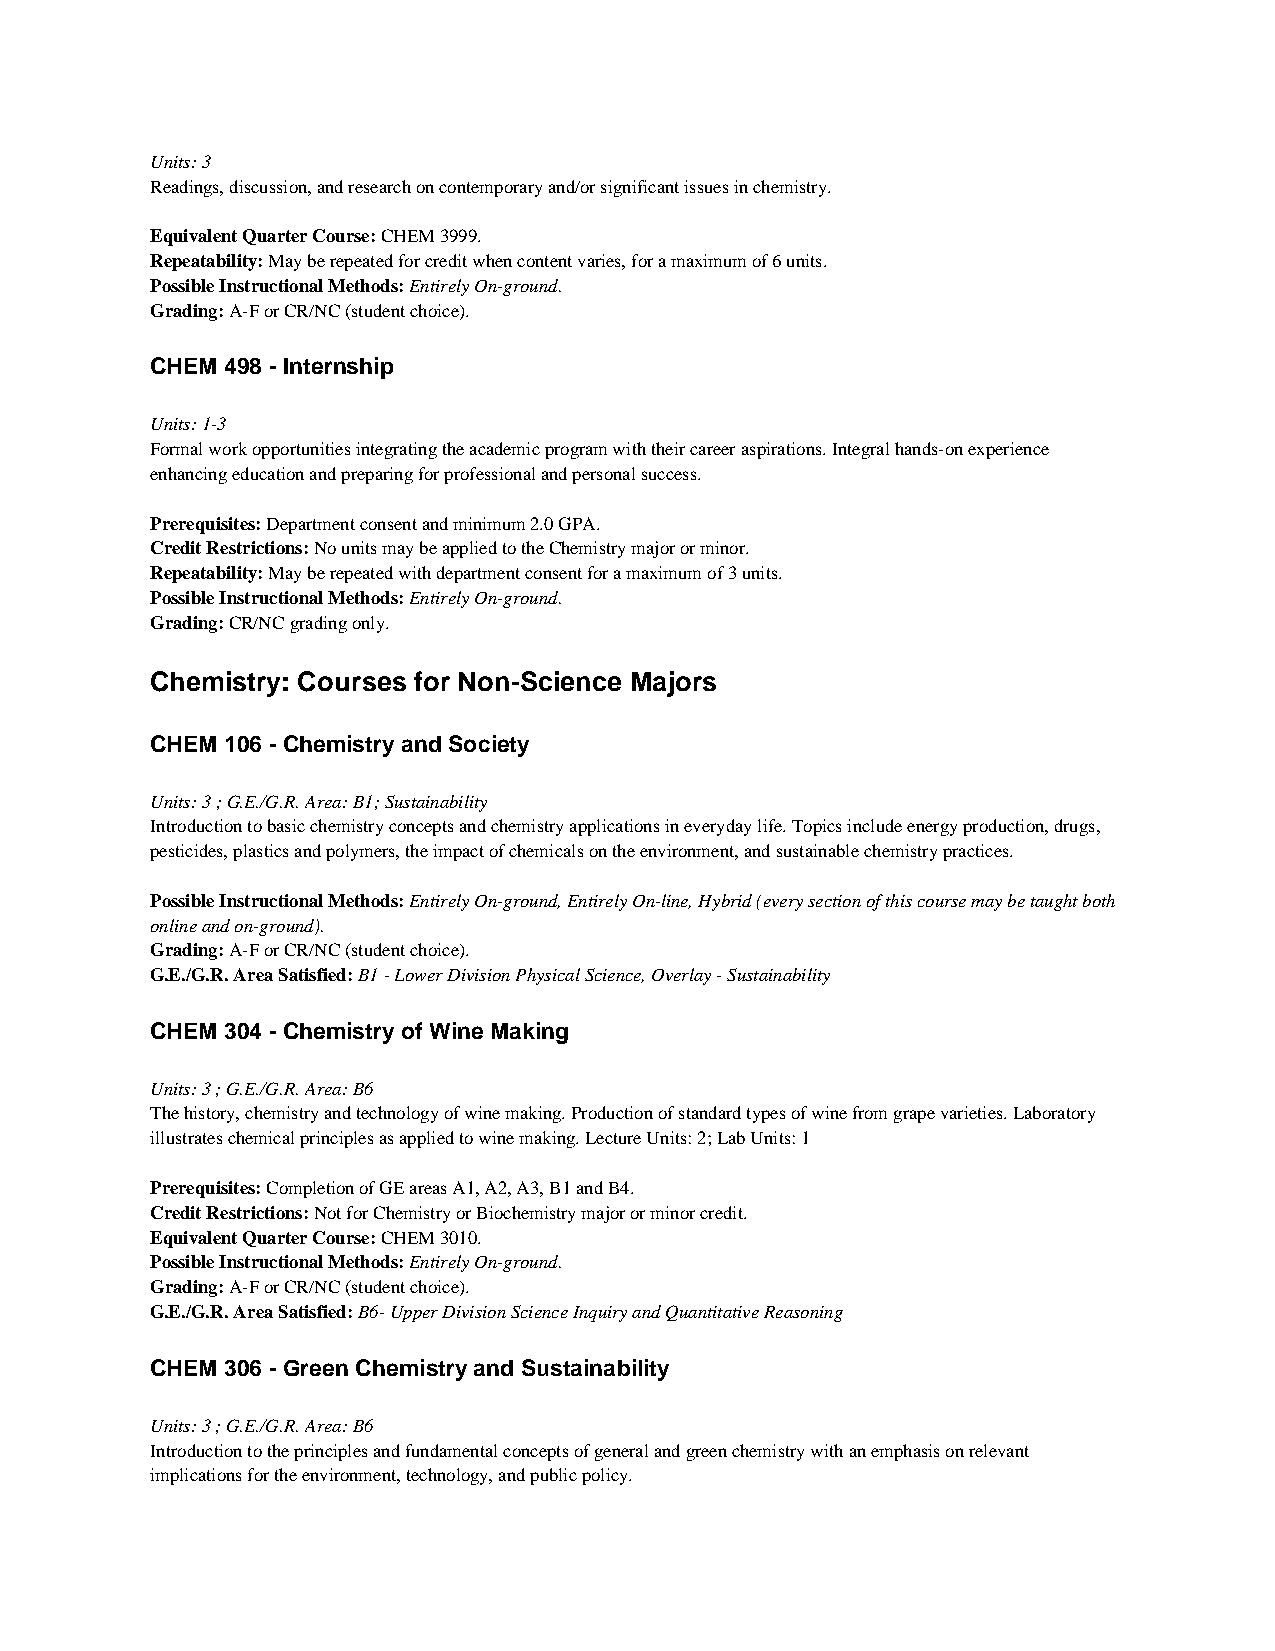
Units: 3
 Readings, discussion, and research on contemporary and/or significant issues in chemistry.
 Equivalent Quarter Course: CHEM 3999.
 Repeatability: May be repeated for credit when content varies, for a maximum of 6 units.
 Possible Instructional Methods: Entirely On-ground.
 Grading: A-F or CR/NC (student choice).
 CHEM 498 - Internship
 Units: 1-3
 Formal work opportunities integrating the academic program with their career aspirations. Integral hands-on experience
 enhancing education and preparing for professional and personal success.
 Prerequisites: Department consent and minimum 2.0 GPA.
 Credit Restrictions: No units may be applied to the Chemistry major or minor.
 Repeatability: May be repeated with department consent for a maximum of 3 units.
 Possible Instructional Methods: Entirely On-ground.
 Grading: CR/NC grading only.
 Chemistry: Courses for Non-Science Majors
 CHEM 106 - Chemistry and Society
 Units: 3 ; G.E./G.R. Area: B1; Sustainability
 Introduction to basic chemistry concepts and chemistry applications in everyday life. Topics include energy production, drugs,
 pesticides, plastics and polymers, the impact of chemicals on the environment, and sustainable chemistry practices.
 Possible Instructional Methods: Entirely On-ground, Entirely On-line, Hybrid (every section of this course may be taught both
 online and on-ground).
 Grading: A-F or CR/NC (student choice).
 G.E./G.R. Area Satisfied: B1 - Lower Division Physical Science, Overlay - Sustainability
 CHEM 304 - Chemistry of Wine Making
 Units: 3 ; G.E./G.R. Area: B6
 The history, chemistry and technology of wine making. Production of standard types of wine from grape varieties. Laboratory
 illustrates chemical principles as applied to wine making. Lecture Units: 2; Lab Units: 1
 Prerequisites: Completion of GE areas A1, A2, A3, B1 and B4.
 Credit Restrictions: Not for Chemistry or Biochemistry major or minor credit.
 Equivalent Quarter Course: CHEM 3010.
 Possible Instructional Methods: Entirely On-ground.
 Grading: A-F or CR/NC (student choice).
 G.E./G.R. Area Satisfied: B6- Upper Division Science Inquiry and Quantitative Reasoning
 CHEM 306 - Green Chemistry and Sustainability
 Units: 3 ; G.E./G.R. Area: B6
 Introduction to the principles and fundamental concepts of general and green chemistry with an emphasis on relevant
 implications for the environment, technology, and public policy.